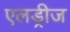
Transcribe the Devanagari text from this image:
एलड्रीज